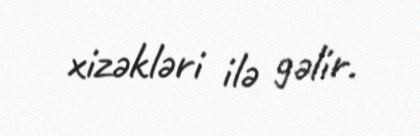
xizəkləri ilə gəlir.